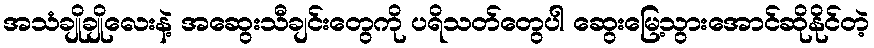
အသံချိုချိုလေးနဲ့ အဆွေးသီချင်းတွေကို ပရိသတ်တွေပါ ဆွေးမြေ့သွားအောင်ဆိုနိုင်တဲ့